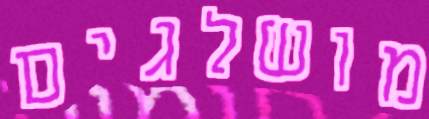
מושלגים